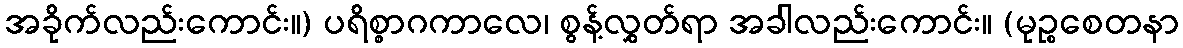
အခိုက်လည်းကောင်း။) ပရိစ္စာဂကာလေ၊ စွန့်လွှတ်ရာ အခါလည်းကောင်း။ (မုဉ္စစေတနာ